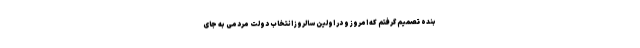
بنده تصمیم گرفتم که امروز و در اولین سالروز انتخاب دولت مردمی به جای